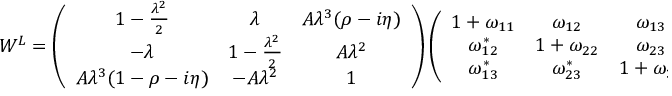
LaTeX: W ^ { L } = \left( \begin{array} { c c c } { { 1 - \frac { \lambda ^ { 2 } } { 2 } } } & { { \lambda } } & { { A \lambda ^ { 3 } ( \rho - i \eta ) } } \\ { { - \lambda } } & { { 1 - \frac { \lambda ^ { 2 } } { 2 } } } & { { A \lambda ^ { 2 } } } \\ { { A \lambda ^ { 3 } ( 1 - \rho - i \eta ) } } & { { - A \lambda ^ { 2 } } } & { { 1 } } \end{array} \right) \left( \begin{array} { c c c } { { 1 + \omega _ { 1 1 } } } & { { \omega _ { 1 2 } } } & { { \omega _ { 1 3 } } } \\ { { \omega _ { 1 2 } ^ { * } } } & { { 1 + \omega _ { 2 2 } } } & { { \omega _ { 2 3 } } } \\ { { \omega _ { 1 3 } ^ { * } } } & { { \omega _ { 2 3 } ^ { * } } } & { { 1 + \omega _ { 3 3 } } } \end{array} \right) \, ,